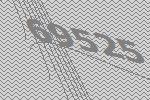
69525